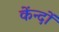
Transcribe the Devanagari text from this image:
केंन्दों